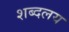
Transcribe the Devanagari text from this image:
शब्दलय